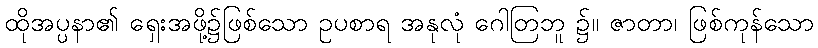
ထိုအပ္ပနာ၏ ရှေးအဖို့၌ဖြစ်သော ဥပစာရ အနုလုံ ဂေါတြဘူ ၌။ ဇာတာ၊ ဖြစ်ကုန်သော